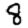
Digit: 8